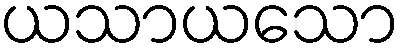
ယသာယသော